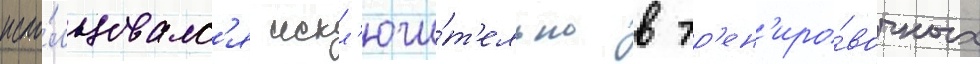
испо́льзовалс'я искл'ючи́т'ельно в тр'ен'иро́вочных